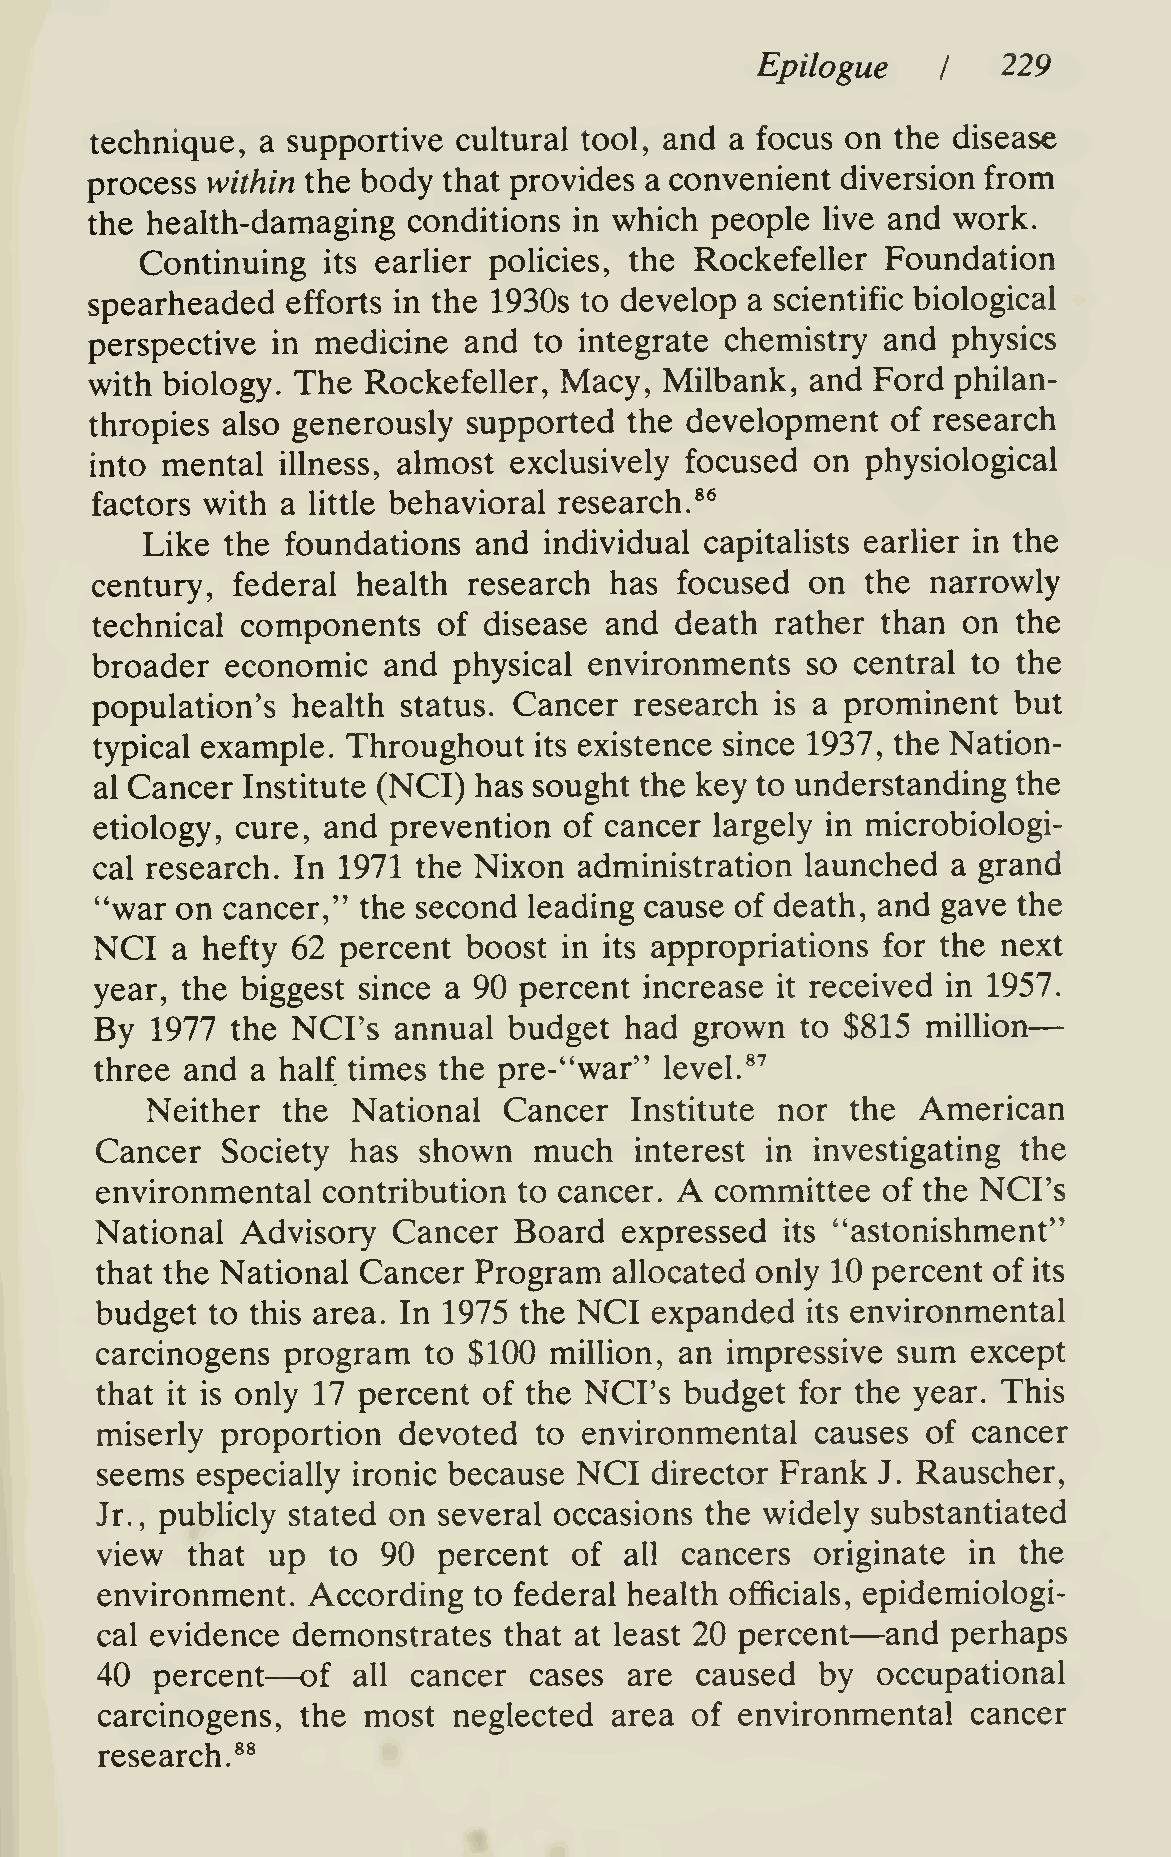
—
 Epilogue        229
 I
 technique, a supportive cultural tool, and a focus on the disease
 process within the body that provides a convenient diversion from
 the health-damaging  conditions in which people live and work.
 Continuing  its earlier policies, the Rockefeller Foundation
 spearheaded  efforts in the 1930s to develop a scientific biological
 perspective in medicine  and to integrate chemistry  and physics
 with biology. The Rockefeller, Macy,  Milbank,  and Ford philan-
 thropies also generously supported  the development  of research
 into mental illness, almost exclusively focused on physiological
 factors with a little behavioral research.*^
 Like  the foundations and  individual capitalists earher in the
 century, federal  health research has  focused  on the  narrowly
 technical components   of disease and  death rather than  on the
 broader  economic  and  physical environments  so  central to the
 population's health  status. Cancer research is a prominent  but
 typical example. Throughout  its existence since 1937, the Nation-
 al Cancer Institute (NCI) has sought the key to understanding the
 etiology, cure, and prevention of cancer largely in microbiologi-
 cal research. In 1971 the Nixon administration launched  a grand
 "war  on cancer," the second leading cause of death, and gave the
 NCI  a hefty 62 percent  boost in its appropriations for the next
 year, the biggest since a 90 percent increase it received in 1957.
 By  1977 the NCI's  annual  budget had  grown  to $815 million
 three and  a half times the pre-"war" level.*''
 Neither  the National  Cancer   Institute nor the  American
 Cancer   Society has  shown  much   interest in investigating the
 A
 environmental  contribution to cancer.   committee  of the NCI's
 National  Advisory  Cancer  Board  expressed  its "astonishment"
 that the National Cancer Program   allocated only 10 percent of its
 budget  to this area. In 1975 the NCI expanded its environmental
 carcinogens  program  to $100 million, an impressive sum  except
 that it is only 17 percent of the NCI's budget for the year. This
 miserly  proportion devoted  to  environmental  causes of cancer
 seems  especially ironic because NCI director Frank J. Rauscher,
 Jr., publicly stated on several occasions the widely substantiated
 view  that  up  to 90  percent  of all cancers  originate in the
 environment.  According  to federal health officials, epidemiologi-
 —
 cal evidence demonstrates  that at least 20 percent  and perhaps
 —
 40  percent   of all cancer  cases  are caused  by  occupational
 carcinogens,  the most  neglected area  of environmental  cancer
 research.*®